Punjab Mental Hospital Lahore 1922-31 - 1922-1931
Year: 1922
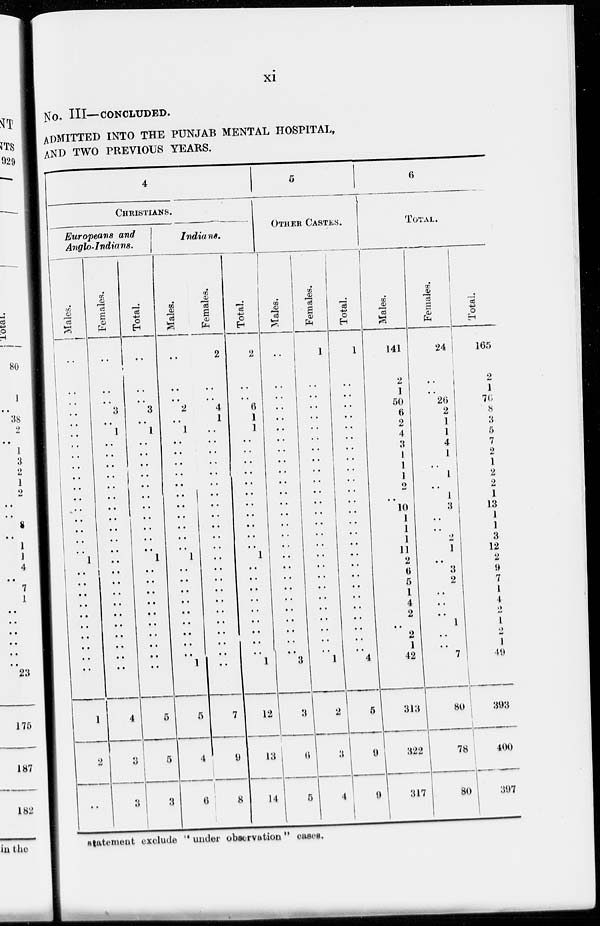
xi
NO. III—CONCLUDED.
ADMITTED INTO THE PUNJAB MENTAL HOSPITAL,
AND TWO PREVIOUS YEARS.
4
CHRISTIANS.
Europeans and
Anglo-Indians.
Mal es .
..
..
..
..
..
..
..
..
..
..
..
..
..
..
..
..
..
1
..
..
..
..
..
..
..
..
..
..
1
2
..
Females.
..
..
..
3
..
1
..
..
..
..
..
..
..
..
..
..
..
..
..
..
..
..
..
..
..
..
..
..
4
3
3
Total.
..
..
..
3
..
1
..
..
..
..
..
..
..
..
..
..
..
1
..
..
..
..
..
..
..
..
..
..
5
5
3
Indians.
Males.
..
..
..
2
..
1
..
..
..
..
..
..
..
..
..
..
..
1
..
..
..
..
..
..
..
..
..
1
5
4
6
Females.
2
..
..
4
1
..
..
..
..
..
..
..
..
..
..
..
..
..
..
..
..
..
..
..
..
..
..
..
7
9
8
Total.
2
..
..
6
1
1
..
..
..
..
..
..
..
..
..
..
..
1
..
..
..
..
..
..
..
..
..
1
12
13
14
5
OTHER CASTES.
Males.
..
..
..
..
..
..
..
..
..
..
..
..
..
..
..
..
..
..
..
..
..
..
..
..
..
..
..
3
3
6
5
Females.
1
..
..
..
..
..
..
..
..
..
..
..
..
..
..
..
..
..
..
..
..
..
..
..
..
..
..
1
2
3
4
Total.
1
..
..
..
..
..
..
..
..
..
..
..
..
..
..
..
..
..
..
..
..
..
..
..
..
..
..
4
5
9
9
6
TOTAL.
Males.
141
2
1
50
6
2
4
3
1
1
1
2
..
10
1
1
1
11
2
6
5
1
4
2
..
2
1
42
313
322
317
Females.
24
..
..
26
2
1
1
4
1
..
1
..
1
3
..
..
2
1
..
3
2
..
..
..
1
..
..
7
80
78
80
Total.
165
2
1
76
8
3
6
7
2
1
2
2
1
13
1
1
3
12
2
9
7
1
4
2
1
2
1
49
393
400
397
statement exclude "under observation" cases.